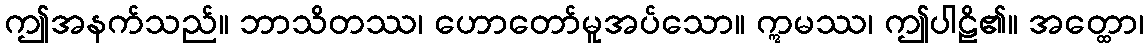
ဤအနက်သည်။ ဘာသိတဿ၊ ဟောတော်မူအပ်သော။ ဣမဿ၊ ဤပါဠိ၏။ အတ္ထော၊